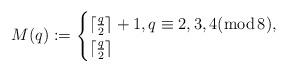
LaTeX: \begin{align*}M(q) &:=\begin{cases}\lceil \frac{q}{2} \rceil + 1, q \equiv 2,3,4 (\operatorname{mod} 8),\\\lceil \frac{q}{2} \rceil \end{cases}\end{align*}